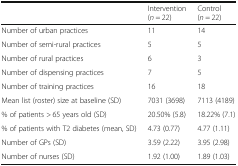
<table><thead><tr><td></td><td><b>Intervention (<i>n</i> = 22)</b></td><td><b>Control (<i>n</i> = 22)</b></td></tr></thead><tbody><tr><td>Number of urban practices</td><td>11</td><td>14</td></tr><tr><td>Number of semi-rural practices</td><td>5</td><td>5</td></tr><tr><td>Number of rural practices</td><td>6</td><td>3</td></tr><tr><td>Number of dispensing practices</td><td>7</td><td>5</td></tr><tr><td>Number of training practices</td><td>16</td><td>18</td></tr><tr><td>Mean list (roster) size at baseline (SD)</td><td>7031 (3698)</td><td>7113 (4189)</td></tr><tr><td>% of patients &gt; 65 years old (SD)</td><td>20.50% (5.8)</td><td>18.22% (7.1)</td></tr><tr><td>% of patients with T2 diabetes (mean, SD)</td><td>4.73 (0.77)</td><td>4.77 (1.11)</td></tr><tr><td>Number of GPs (SD)</td><td>3.59 (2.22)</td><td>3.95 (2.98)</td></tr><tr><td>Number of nurses (SD)</td><td>1.92 (1.00)</td><td>1.89 (1.03)</td></tr></tbody></table>